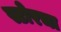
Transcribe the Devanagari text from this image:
स्टोरचा